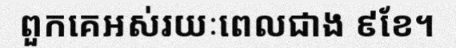
ពួកគេអស់រយៈពេលជាង ៩ខែ។